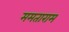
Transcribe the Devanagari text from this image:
ममताराम